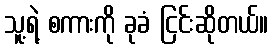
သူ့ရဲ့ စကားကို ခုခံ ငြင်းဆိုတယ်။